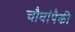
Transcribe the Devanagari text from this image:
चौघांपैकी